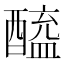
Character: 𬪲